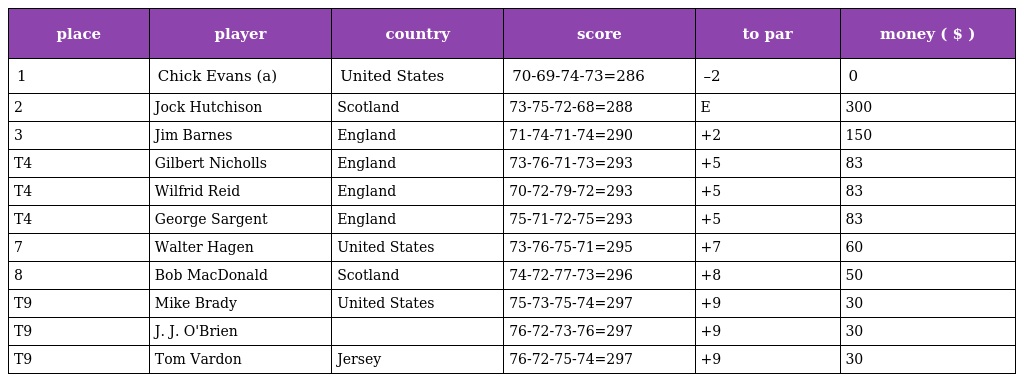
| place | player | country | score | to par | money ( $ ) |
 | --- | --- | --- | --- | --- | --- |
 | 1 | Chick Evans (a) | United States | 70-69-74-73=286 | –2 | 0 |
 | 2 | Jock Hutchison | Scotland | 73-75-72-68=288 | E | 300 |
 | 3 | Jim Barnes | England | 71-74-71-74=290 | +2 | 150 |
 | T4 | Gilbert Nicholls | England | 73-76-71-73=293 | +5 | 83 |
 | T4 | Wilfrid Reid | England | 70-72-79-72=293 | +5 | 83 |
 | T4 | George Sargent | England | 75-71-72-75=293 | +5 | 83 |
 | 7 | Walter Hagen | United States | 73-76-75-71=295 | +7 | 60 |
 | 8 | Bob MacDonald | Scotland | 74-72-77-73=296 | +8 | 50 |
 | T9 | Mike Brady | United States | 75-73-75-74=297 | +9 | 30 |
 | T9 | J. J. O'Brien |  | 76-72-73-76=297 | +9 | 30 |
 | T9 | Tom Vardon | Jersey | 76-72-75-74=297 | +9 | 30 |